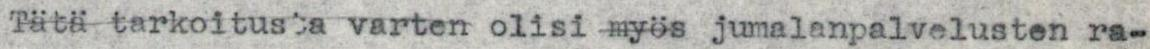
Tätä tarkoitusta varten olisi myös jumalanpalvelusten ra-